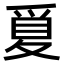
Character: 𪺒